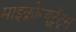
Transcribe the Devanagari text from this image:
माइक्रोन्यूट्रेंट्स